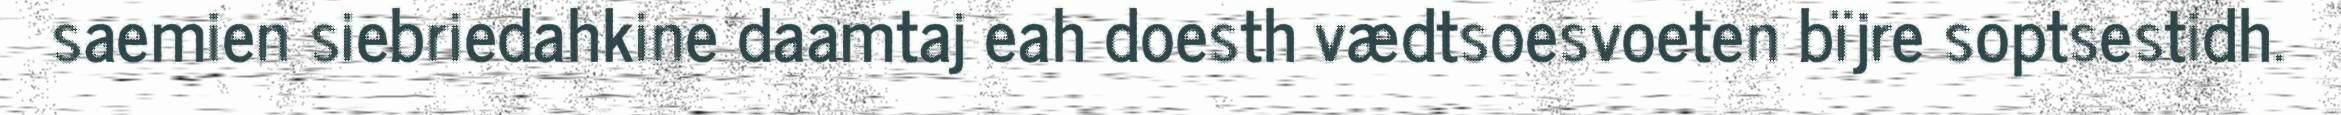
saemien siebriedahkine daamtaj eah doesth vædtsoesvoeten bïjre soptsestidh.